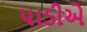
પાડીએ